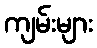
ကျမ်းများ